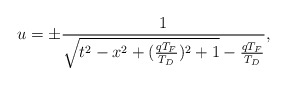
\begin{align*}u = \pm \frac{1}{\sqrt{t^2 - x^2 + (\frac{qT_F}{T_D})^2 + 1} - \frac{qT_F}{T_D}},\end{align*}